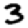
Digit: 3